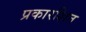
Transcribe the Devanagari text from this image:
प्रकारशित